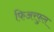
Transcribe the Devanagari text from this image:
फिअरफुल